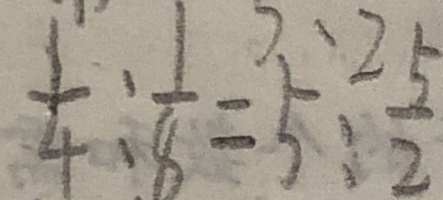
\frac { 1 } { 4 } : \frac { 1 } { 8 } = 5 : \frac { 5 } { 2 }